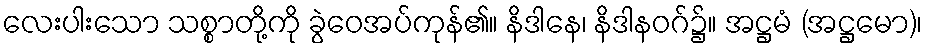
လေးပါးသော သစ္စာတို့ကို ခွဲဝေအပ်ကုန်၏။ နိဒါနေ၊ နိဒါနဝဂ်၌။ အဋ္ဌမံ (အဋ္ဌမော)၊